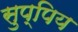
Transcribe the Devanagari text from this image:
सुप्पिय